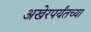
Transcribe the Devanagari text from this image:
अखेरपर्यंतच्या